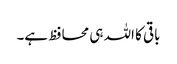
باقی کا اللہ ہی محافظ ہے۔